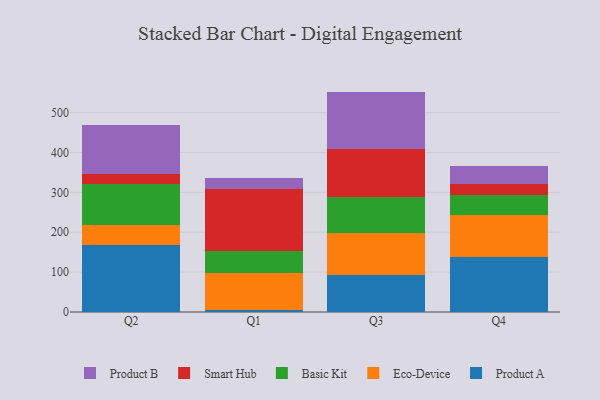
{"axis": {"x": "Quarter", "y": "Backlog"}, "legend": ["Basic Kit", "Eco-Device", "Product A", "Product B", "Smart Hub"], "data": [{"x": "Q2", "y": 168.8, "type": "Product A"}, {"x": "Q2", "y": 50.3, "type": "Eco-Device"}, {"x": "Q2", "y": 101.6, "type": "Basic Kit"}, {"x": "Q2", "y": 25.7, "type": "Smart Hub"}, {"x": "Q2", "y": 122.9, "type": "Product B"}, {"x": "Q1", "y": 6.0, "type": "Product A"}, {"x": "Q1", "y": 92.0, "type": "Eco-Device"}, {"x": "Q1", "y": 54.3, "type": "Basic Kit"}, {"x": "Q1", "y": 155.3, "type": "Smart Hub"}, {"x": "Q1", "y": 28.0, "type": "Product B"}, {"x": "Q3", "y": 93.6, "type": "Product A"}, {"x": "Q3", "y": 104.9, "type": "Eco-Device"}, {"x": "Q3", "y": 90.9, "type": "Basic Kit"}, {"x": "Q3", "y": 119.3, "type": "Smart Hub"}, {"x": "Q3", "y": 144.0, "type": "Product B"}, {"x": "Q4", "y": 138.0, "type": "Product A"}, {"x": "Q4", "y": 105.1, "type": "Eco-Device"}, {"x": "Q4", "y": 49.5, "type": "Basic Kit"}, {"x": "Q4", "y": 29.2, "type": "Smart Hub"}, {"x": "Q4", "y": 44.2, "type": "Product B"}]}